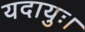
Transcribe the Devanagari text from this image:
यदायुः।